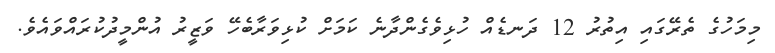
މިމަހުގެ ތެރޭގައި އިތުރު 12 ދަނޑެއް ހުޅިވެގެންދާނެ ކަމަށް ކުޅިވަރާބެހޭ ވަޒީރު އުންމީދުކުރައްވައެވެ.